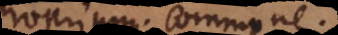
Proprium. Commune.